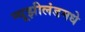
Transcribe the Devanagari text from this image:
न्यूझीलंडमधे